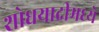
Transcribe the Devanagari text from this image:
शोधयादीमध्ये